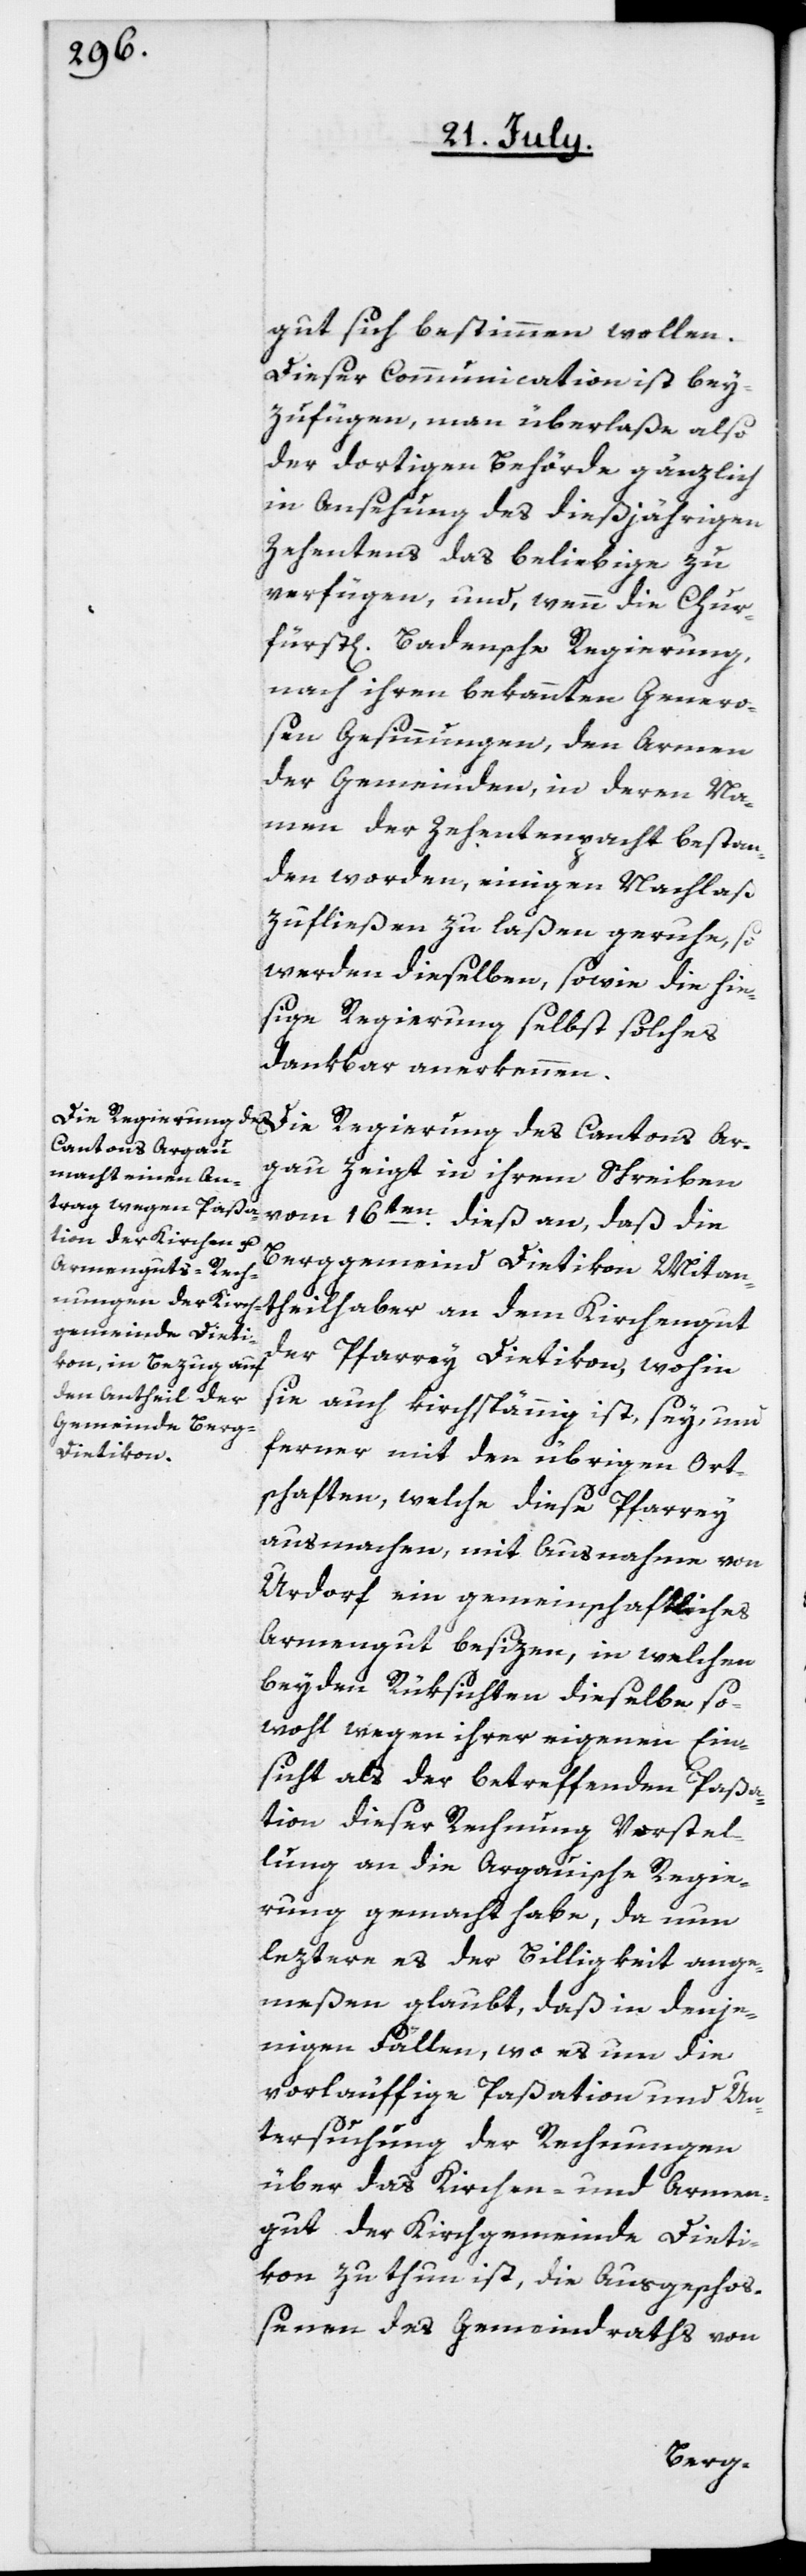
gut sich bestimmen wollen.
Dieser Communication ist bey¬
zufügen, man überlaße also
der dortigen Behörde gänzlich
in Ansehung des dießjährigen
Zehentens das beliebige zu
verfügen, und, wenn die Chur¬
fürst[liche] badensche Regierung
nach ihren bekannten Genero¬
sen Gesinnungen, den Armen
der Gemeinden, in deren Na¬
men der Zehentenpacht bestan¬
den worden, einigen Nachlaß
zufließen zu laßen geruhe, so
werden dieselben, sowie die hie¬
sige Regierung selbst solches
dankbar anerkennen.
Die Regierung des Cantons Ar¬
gau zeigt in ihrem Schreiben
Berggemeind Dietikon Mitan¬
theilhaber an dem Kirchengut
der Pfarrey Dietikon, wohin
sie auch kirchspännig ist, sey, und
ferner mit den übrigen Ort¬
schaften, welche diese Pfarrey
ausmachen, mit Ausnahme von
Urdorf ein gemeinschaftliches
Armengut besizen, in welchen
beyden Rüksichten dieselbe so¬
wohl wegen ihrer eigenen Ein¬
sicht als der betreffenden Paßa¬
tion dieser Rechnung Vorstel¬
lung an die Argauische Regie¬
rung gemacht habe, da nun
leztere es der Billigkeit ange¬
meßen glaubt, daß in denje¬
nigen Fällen, wo es um die
vorläuffige Paßation und Un¬
tersuchung der Rechnungen
über das Kirchen- und Armen¬
gut der Kirchgemeinde Dieti¬
kon zu thun ist, die Ausgeschoß¬
enen des Gemeindraths von